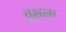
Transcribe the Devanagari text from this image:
वृक्षला